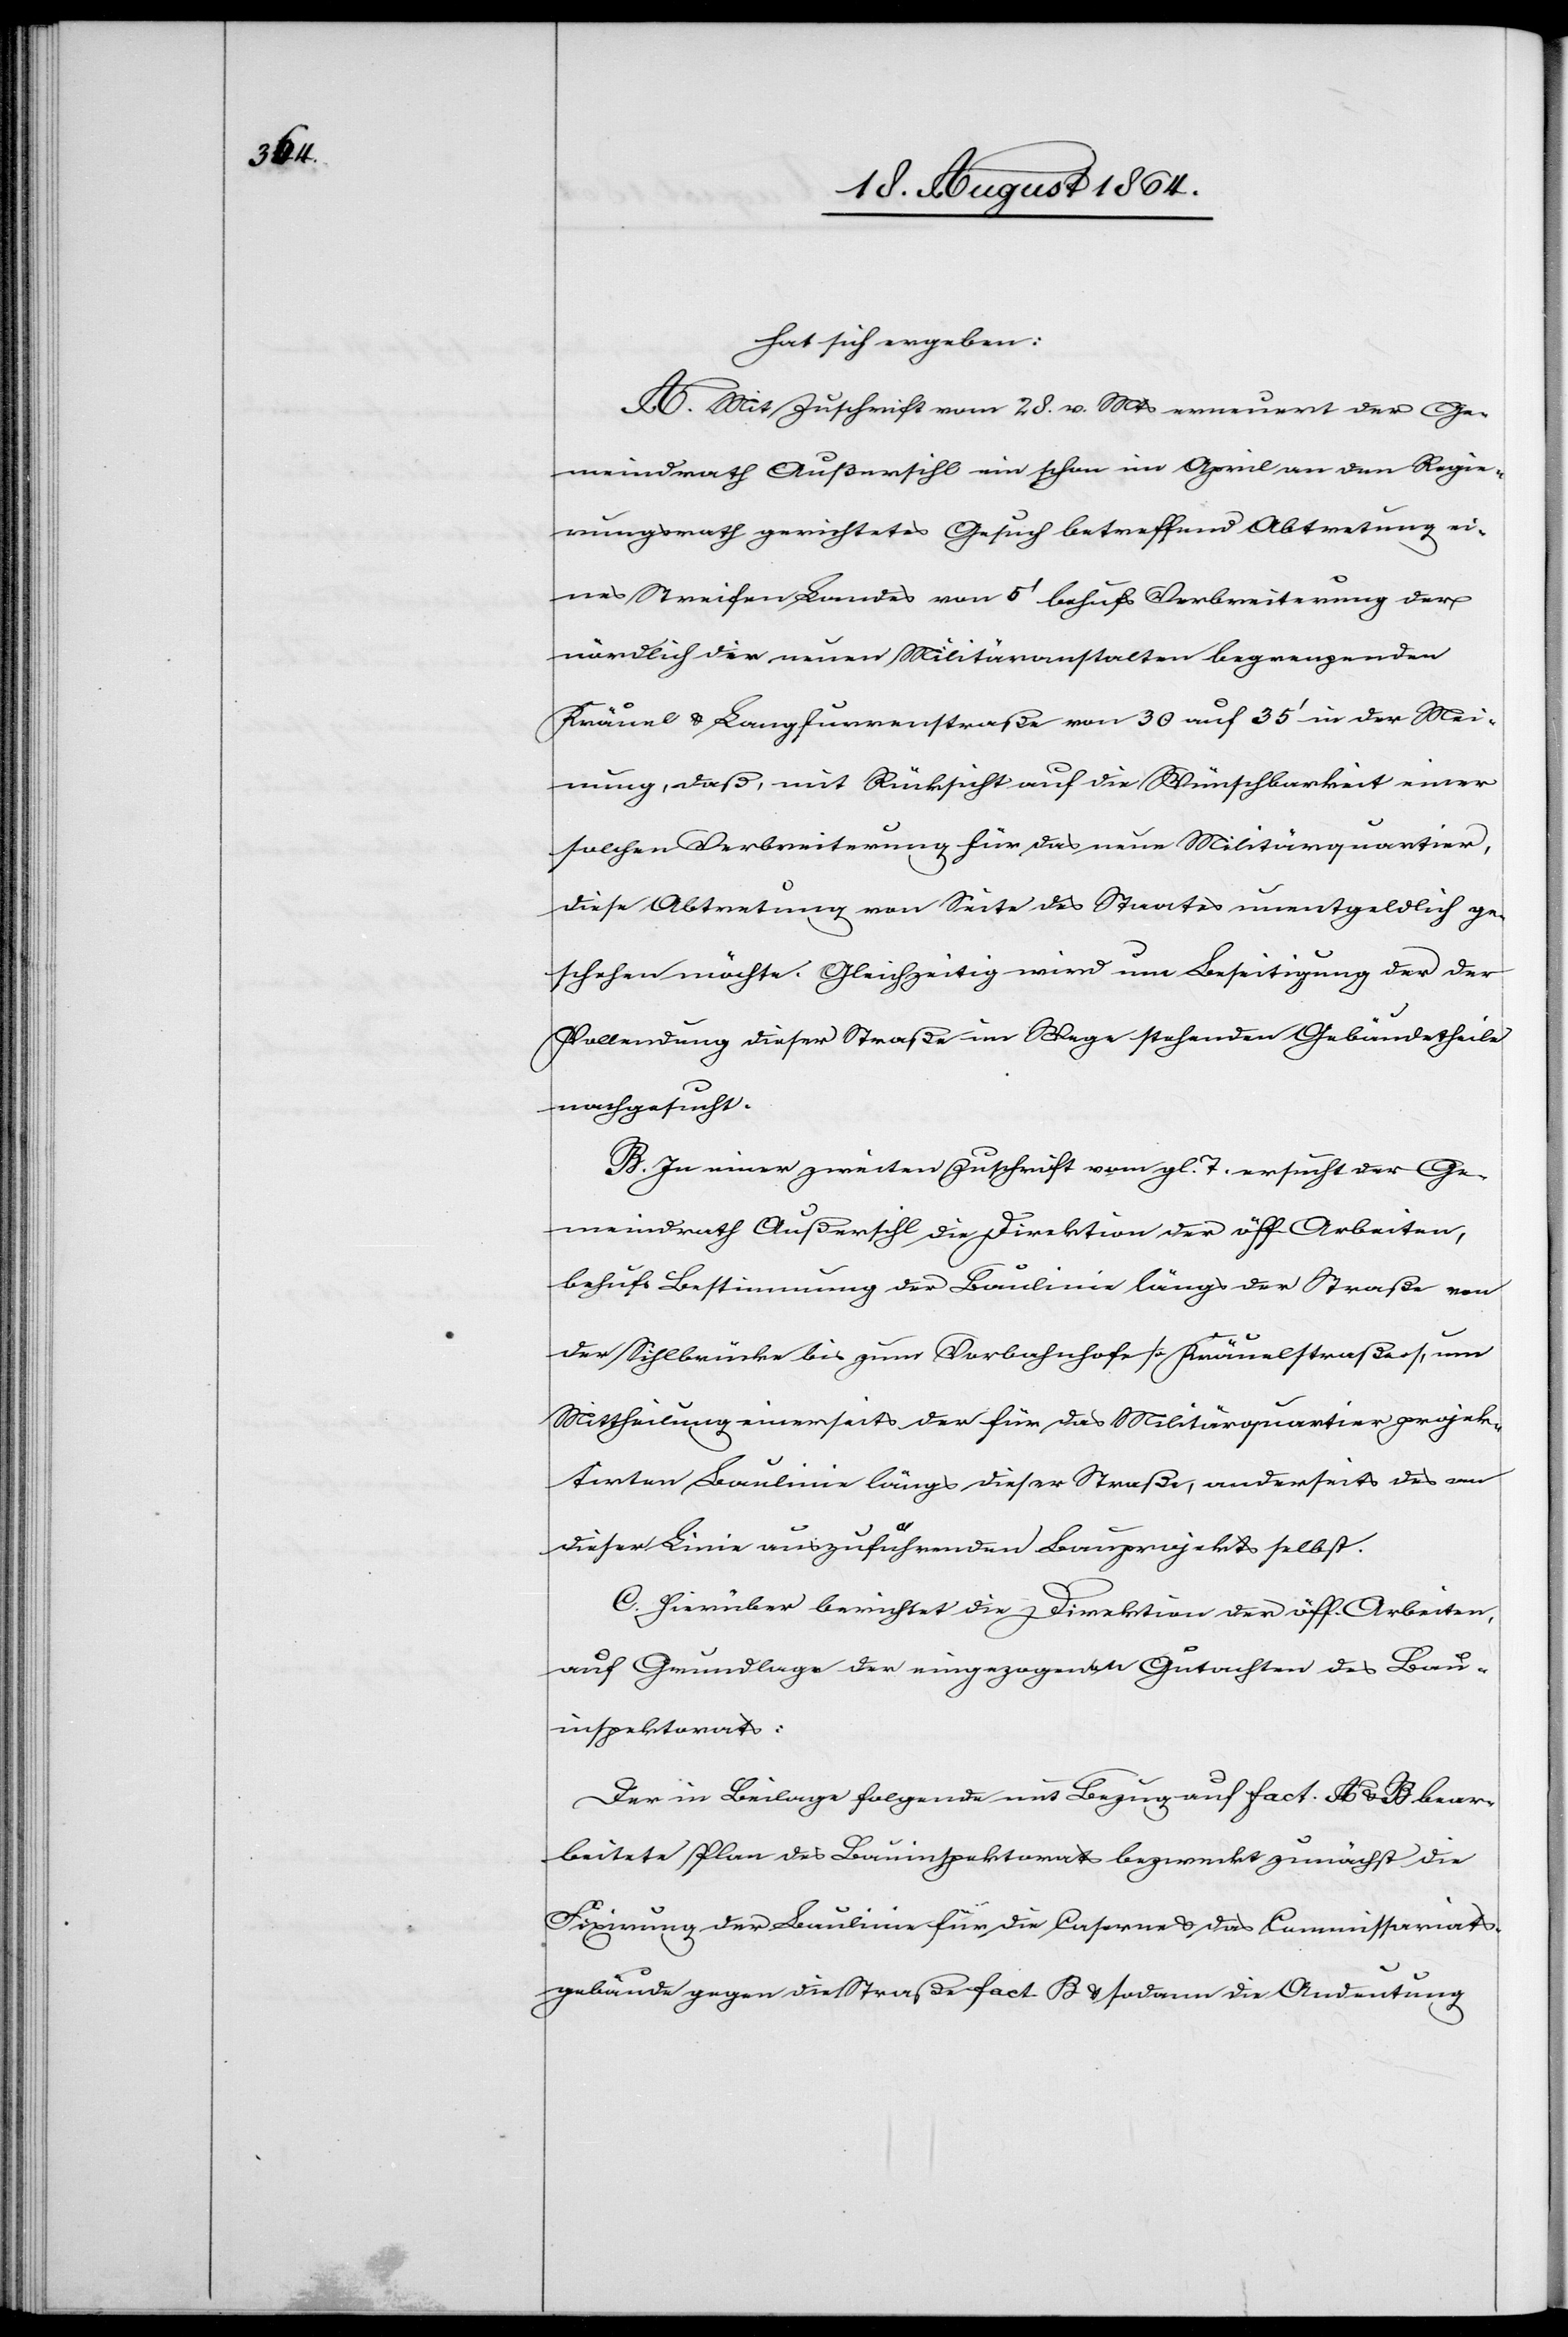
hat sich ergeben:
A. Mit Zuschrift vom 28. v. Mts. erneuert der Ge¬
meindrath Außersihl ein schon im April an den Regie¬
rungsrath gerichtetes Gesuch betreffend Abtretung ei¬
nes Streifen Landes von 5’ behufs Verbreiterung der
nördlich der neuen Militäranstalten begrenzenden
Kräuel[-] & Langfurrenstraße von 30 auf 35’ in der Mei¬
nung, daß, mit Rücksicht auf die Wünschbarkeit einer
solchen Verbreiterung für das neue Militärquartier,
diese Abtretung von Seite des Staates unentgeldlich ge¬
schehen möchte. Gleichzeitig wird um Beseitigung der der
Vollendung dieser Straße im Wege stehenden Gebäudetheile
nachgesucht.
B. In einer zweiten Zuschrift vom g. T. ersucht der Ge¬
meindrath Außersihl die Direktion der öff. Arbeiten,
behufs Bestimmung der Baulinie längs der Straße von
der Sihlbrücke bis zum Vorbahnhofe [Kräuelstraße], um
Mittheilung einerseits der für das Militärquartier projek¬
tirten Baulinie längs dieser Straße, anderseits des von
dieser Linie auszuführenden Bauprojekts selbst.
C. Hierüber berichtet die Direktion der öff. Arbeiten,
auf Grundlage der eingegangenen Gutachten des Bau¬
inspektorats:
Der in Beilage folgende mit Bezug auf fact. A & B bear¬
beitete Plan des Bauinspektorats bezweckt zunächst die
Fixirung der Baulinie für die Caserne & das Commissariats¬
gebäude gegen die Straße fact. B & sodann die Andeutung